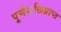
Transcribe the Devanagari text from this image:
पूर्णशक्तिप्राप्त